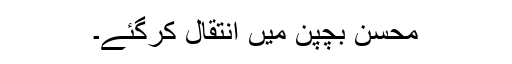
محسن بچپن میں انتقال کرگئے۔